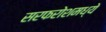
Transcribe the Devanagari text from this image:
सरफरोशमध्ये